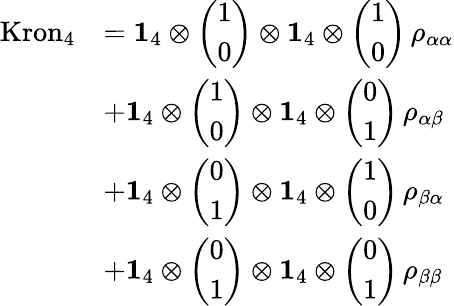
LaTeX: \begin{array}{rl}{\mathrm{Kron}_{4}}&{=\mathbf{1}_{4}\otimes\left(\begin{array}{l}{1}\\ {0}\end{array}\right)\otimes\mathbf{1}_{4}\otimes\left(\begin{array}{l}{1}\\ {0}\end{array}\right)\, \rho_{\alpha\alpha}}\\ &{+\mathbf{1}_{4}\otimes\left(\begin{array}{l}{1}\\ {0}\end{array}\right)\otimes\mathbf{1}_{4}\otimes\left(\begin{array}{l}{0}\\ {1}\end{array}\right)\, \rho_{\alpha\beta}}\\ &{+\mathbf{1}_{4}\otimes\left(\begin{array}{l}{0}\\ {1}\end{array}\right)\otimes\mathbf{1}_{4}\otimes\left(\begin{array}{l}{1}\\ {0}\end{array}\right)\, \rho_{\beta\alpha}}\\ &{+\mathbf{1}_{4}\otimes\left(\begin{array}{l}{0}\\ {1}\end{array}\right)\otimes\mathbf{1}_{4}\otimes\left(\begin{array}{l}{0}\\ {1}\end{array}\right)\, \rho_{\beta\beta}}\end{array}